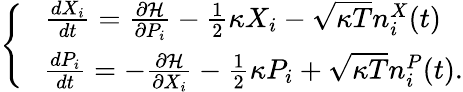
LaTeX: \begin{array}{r}{\left\{ \begin{array}{c}{\frac{dX_{i}}{dt}=\frac{\partial\mathcal{H}}{\partial P_{i}}-\frac{1}{2}\kappa X_{i}-\sqrt{\kappa T}n_{i}^{X}(t)}\\ {\ \ \ \frac{dP_{i}}{dt}=-\frac{\partial\mathcal{H}}{\partial X_{i}}-\frac{1}{2}\kappa P_{i}+\sqrt{\kappa T}n_{i}^{P}(t).}\end{array}\right.}\end{array}